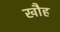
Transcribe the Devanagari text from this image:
खौह